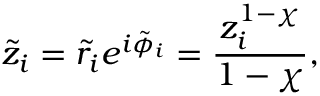
\tilde { z } _ { i } = \tilde { r } _ { i } e ^ { i \tilde { \phi } _ { i } } = \frac { z _ { i } ^ { 1 - \chi } } { 1 - \chi } ,